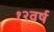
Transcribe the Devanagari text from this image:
१२वर्ष